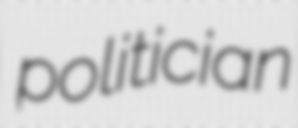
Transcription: politician